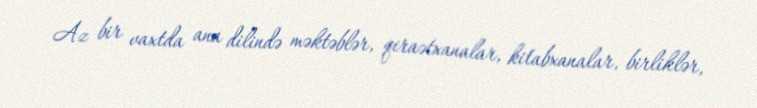
Az bir vaxtda ana dilində məktəblər, qiraətxanalar, kitabxanalar, birliklər,